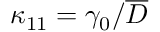
\kappa _ { 1 1 } = \gamma _ { 0 } / \overline { { D } }